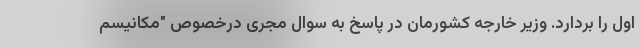
اول را بردارد. وزیر خارجه کشورمان در پاسخ به سوال مجری درخصوص "مکانیسم